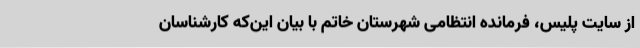
از سایت پلیس، فرمانده انتظامی شهرستان خاتم با بیان این‌که کارشناسان